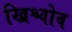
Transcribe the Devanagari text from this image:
ख्रिश्चोव